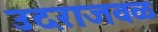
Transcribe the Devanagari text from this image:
उदराजवळ